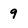
Character: 9